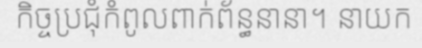
កិច្ចប្រជុំកំពូលពាក់ព័ន្ធនានា។ នាយក